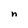
Character: n